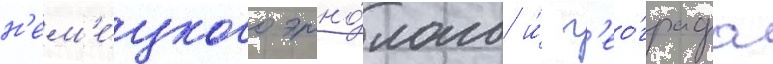
н'ем'е́цкого этно́лога и́ г'ео́графа